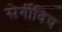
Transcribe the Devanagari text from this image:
सेर्गीविच